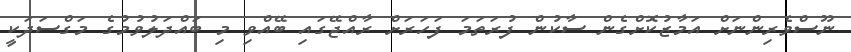
ނޫސްވެރިންނަށް އަމާޒުކޮށްގެން ސާކުން ފުރަތަމަ ފަހަރަށް ރާއްޖޭގައި ބޭއްވި މި ބައްދަލުވުމުގެ މަގްސަދަކީ